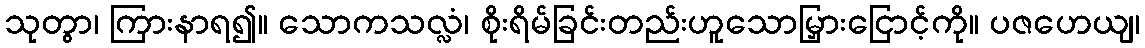
သုတွာ၊ ကြားနာရ၍။ သောကသလ္လံ၊ စိုးရိမ်ခြင်းတည်းဟူသောမြှားငြောင့်ကို။ ပဇဟေယျ၊